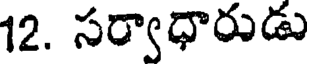
12. సర్వాధారుడు